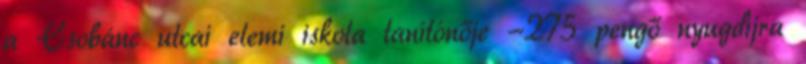
a Csobánc utcai elemi iskola tanítónője -275 pengő nyugdíjra